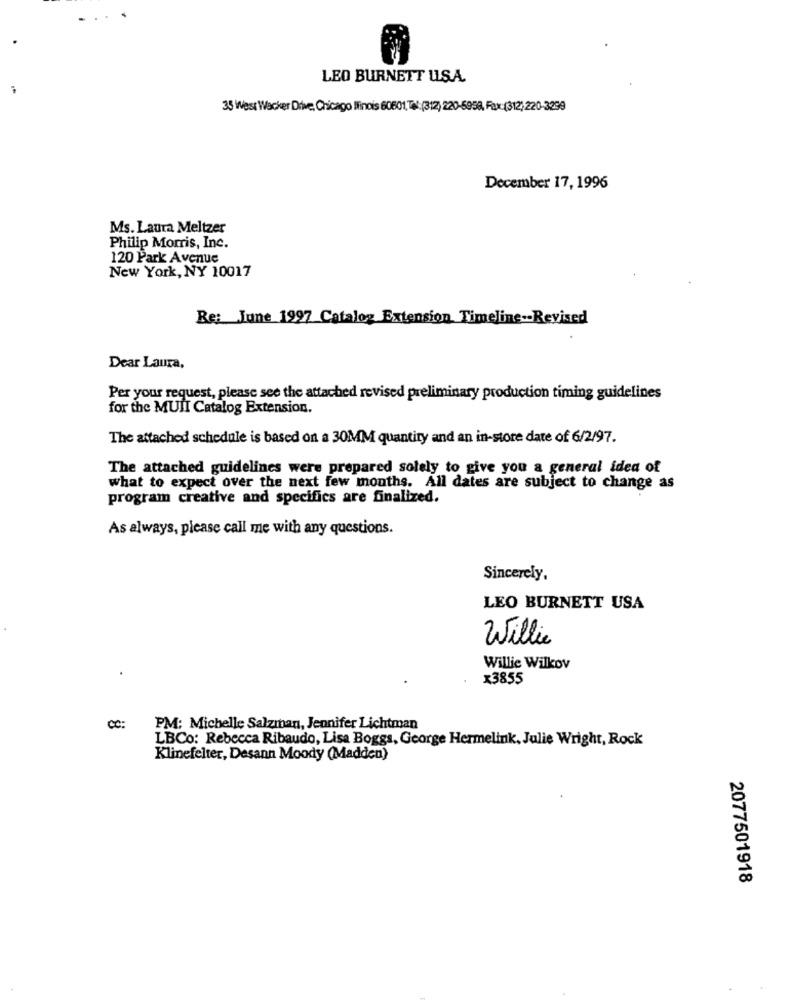
LEO BURNETT USA.
35 West Wacker Drive, Chicago Ilinois 60801 Tal:(312) 220-6958, Fax:(312) 220-3299
December 17, 1996
Ms. Laura Meltzer
Philip Morris, Inc.
120 Park Avenue
New York, NY 10017
Re: June 1997 Catalog Extension Timeline -- Revised
Dear Laura,
Per your request, please see the attached revised preliminary production timing guidelines
for the MUII Catalog Extension.
The attached schedule is based on a 30MM quantity and an in-store date of 6/2/97.
The attached guidelines were prepared solely to give you a general idea of
what to expect over the next few months. All dates are subject to change as
program creative and specifics are finalized.
As always, please call me with any questions.
Sincerely.
LEO BURNETT USA
Willie
Willie Wilkov
.
x3855
CO :
PM: Michelle Salzman, Jennifer Lichtman
LBCo: Rebecca Ribaudo, Lisa Boggs, George Hermelink, Julie Wright, Rock
Klinefelter, Desann Moody (Madden)
2077501918